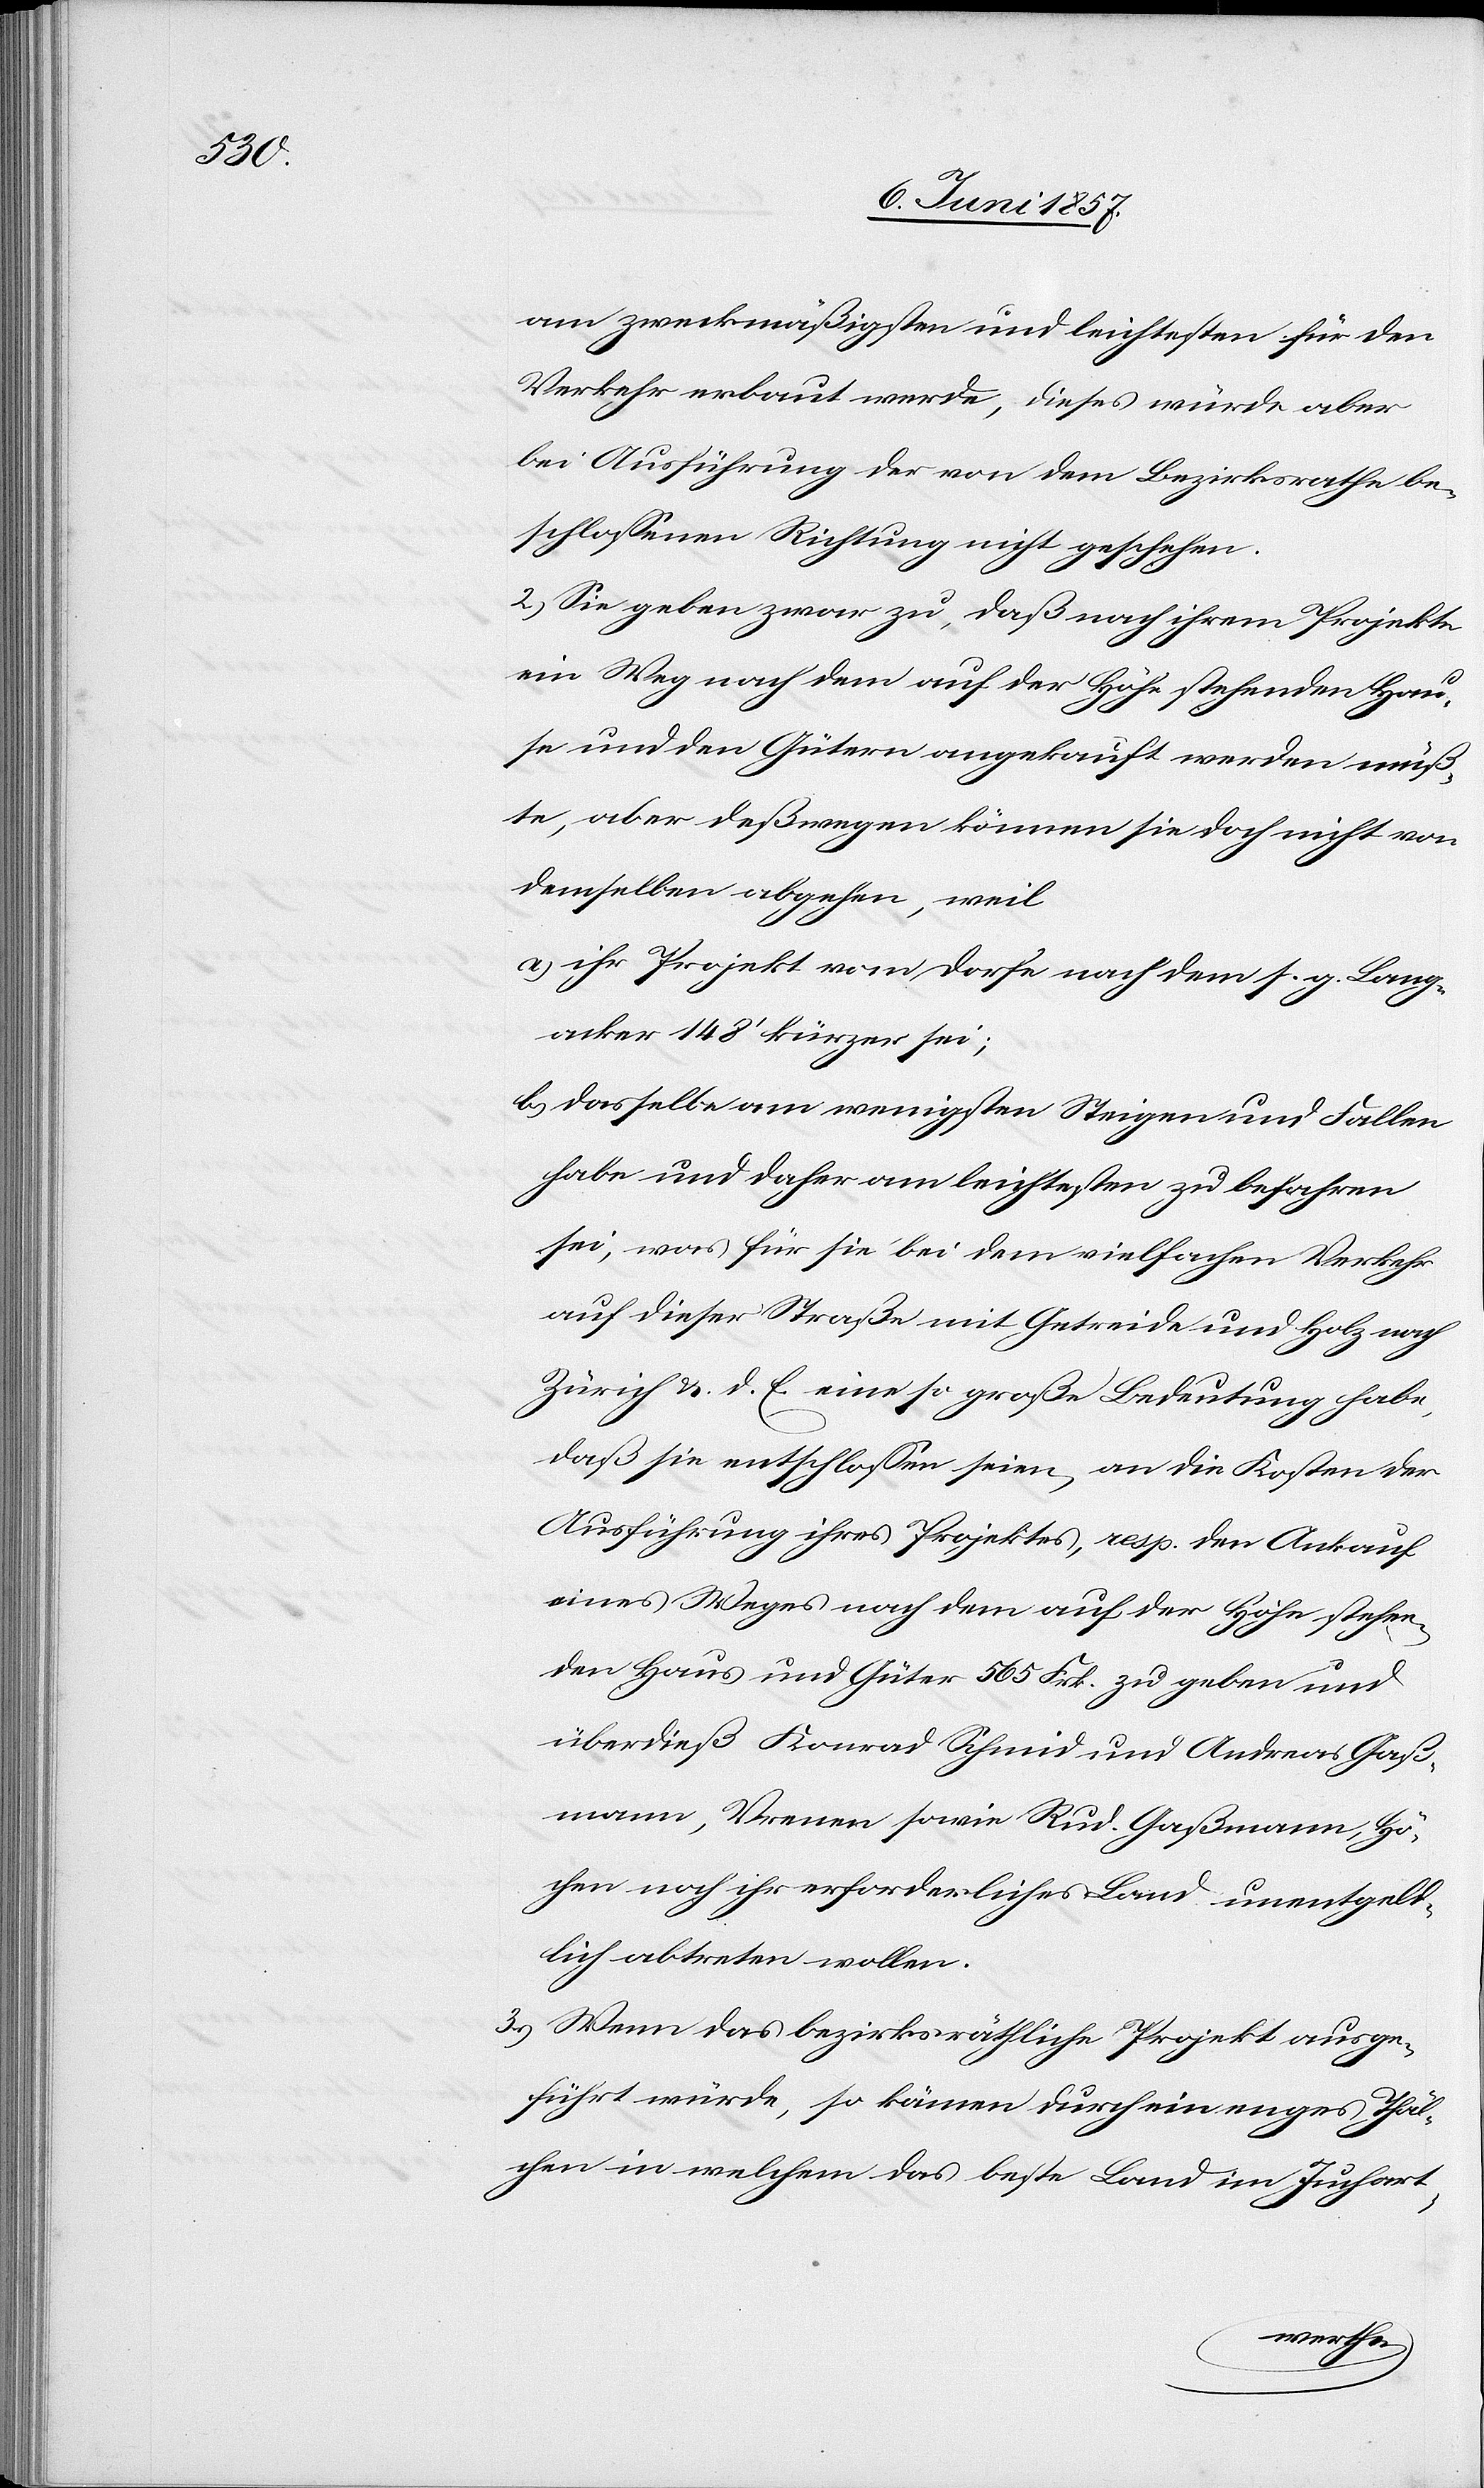
[si¬

am zweckmäßigsten und leichtesten für den
Verkehr erbaut werde, dieses würde aber
bei Ausführung der von dem Bezirksrathe be¬
schlossenen Richtung nicht geschehen.
2.) Sie geben zwar zu, daß nach ihrem Projekte
ein Weg nach dem auf der Höhe stehenden Hau¬
se und den Gütern angekauft werden müß¬
te, aber deßwegen können sie doch nicht von
demselben abgehen, weil
a.) ihr Projekt vom Dorfe nach dem s. g. Lang¬
acker 148’ kürzer sei;
b) dasselbe am wenigsten Steigen und Fallen
habe und daher am leichtesten zu befahren
sei, was für sie bei dem vielfachen Verkehr
auf dieser Straße mit Getreide und Holz nach
Zürich &. d. E. eine so große Bedeutung habe,
daß sie entschlossen seien, an die Kosten der
Ausführung ihres Projektes, resp. den Ankauf
eines Weges nach dem auf der Höhe stehen¬
den Haus und Güter 565 Frk. zu geben und
überdieß Konrad Schmid und Andreas Gaß¬
mann, Vrenen sowie Rud. Gaßmann, Hö¬
c!] noch ihr erforderliches Land unentgeld¬
lich abtreten wollen.
3.) Wenn das bezirksräthliche Projekt ausge¬
führt würde, so kämen durch ein enges Thäl¬
chen in welchem das beste Land im Juchart-
chen